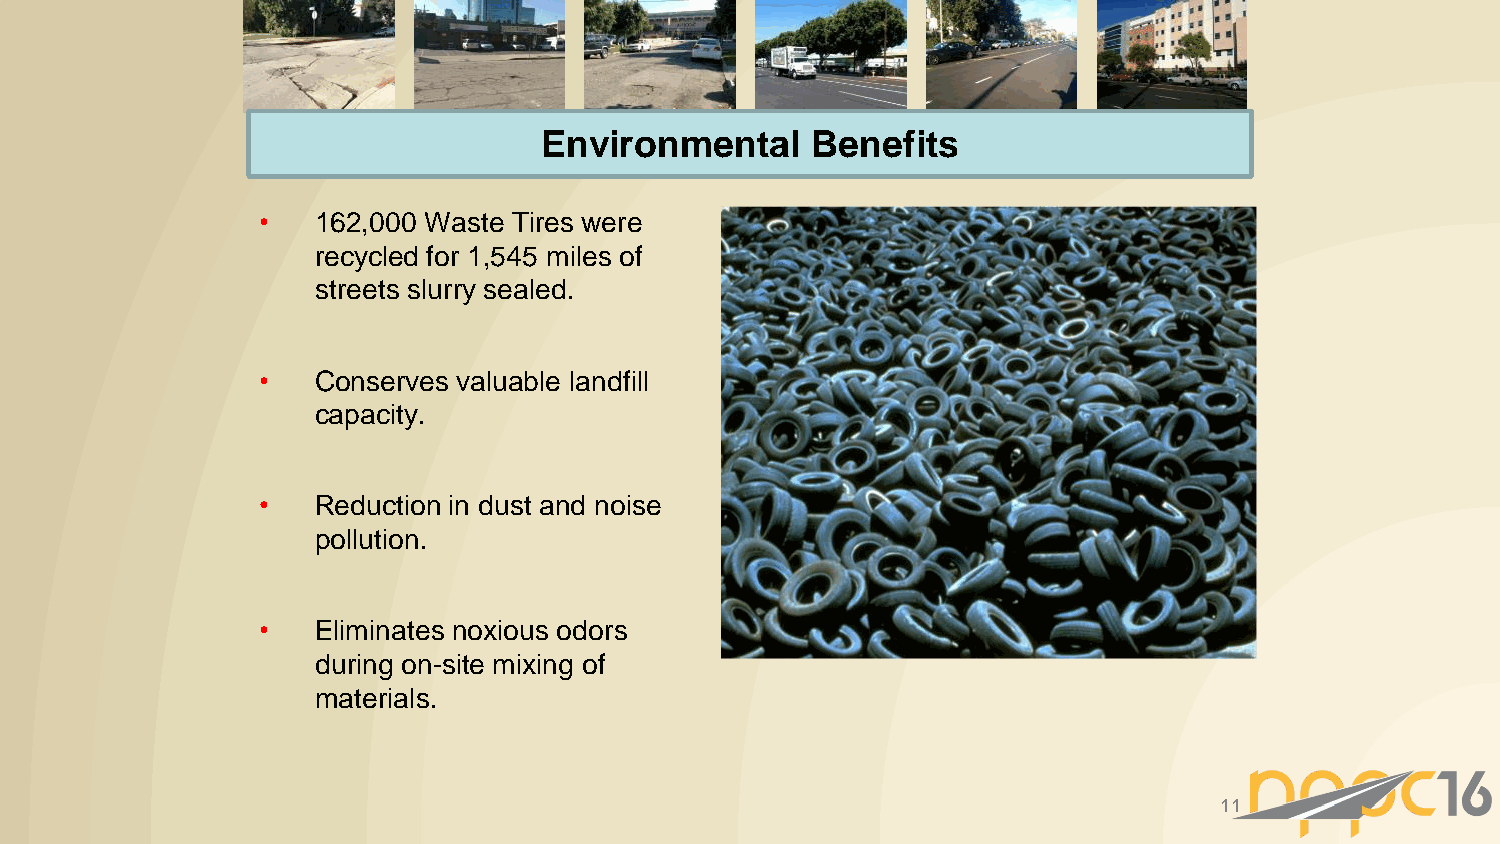
Environmental     Benefits
 •   162,000 Waste Tires were
 recycled for 1,545 miles of
 streets slurry sealed.
 •   Conserves valuable landfill
 capacity.
 •   Reduction in dust and noise
 pollution.
 •   Eliminates noxious odors
 during on-site mixing of
 materials.
 11